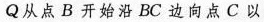
Q从点B开始沿BC边向点C以